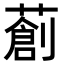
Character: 𦼃